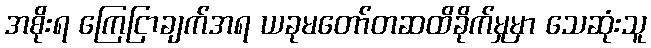
အစိုးရ ကြေငြာချက်အရ ယခုမတော်တဆထိခိုက်မှုမှာ သေဆုံးသူ